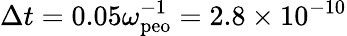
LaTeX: \Delta t=0.05\omega_{\mathrm{peo}}^{-1}=2.8\times 10^{-10}